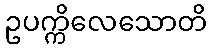
ဥပက္ကိလေသောတိ